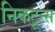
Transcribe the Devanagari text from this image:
निकटून्स